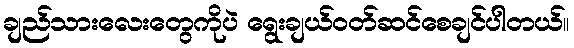
ချည်သားလေးတွေကိုပဲ ရွေးချယ်ဝတ်ဆင်စေချင်ပါတယ်။